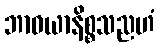
ဘာဝယာနိစ္စသညဟံ